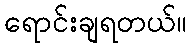
ရောင်းချရတယ်။